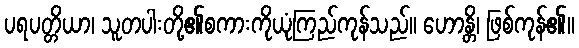
ပရပတ္တိယာ၊ သူတပါးတို့၏စကားကိုယုံကြည်ကုန်သည်။ ဟောန္တိ၊ ဖြစ်ကုန်၏။